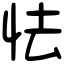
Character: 怯